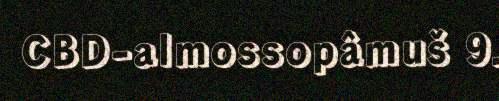
CBD-almossopâmuš 9.